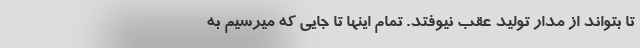
تا بتواند از مدار تولید عقب نیوفتد. تمام اینها تا جایی که میرسیم به